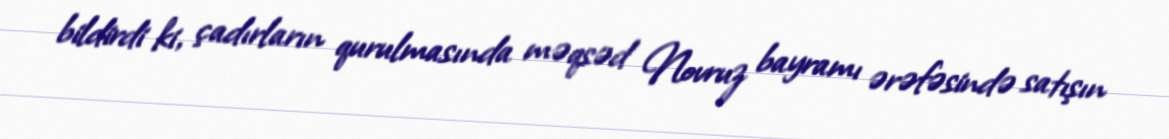
bildirdi ki, çadırların qurulmasında məqsəd Novruz bayramı ərəfəsində satışın